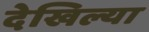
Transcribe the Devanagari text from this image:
देखिल्या